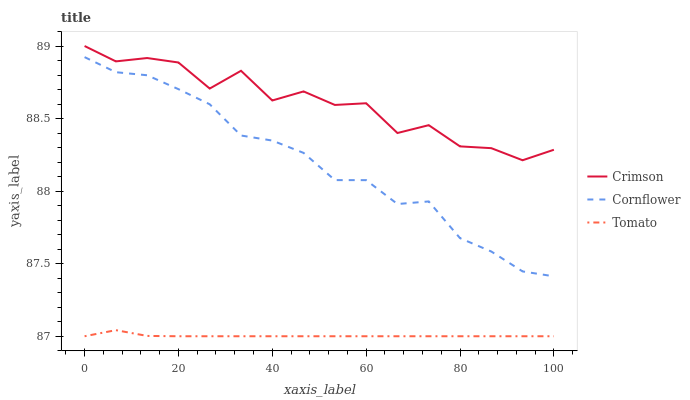
| xaxis_label | Crimson | Cornflower | Tomato |
 | --- | --- | --- | --- |
 | 0 | 89 | 88.9 | 87 |
 | 6.67 | 88.9 | 88.8 | 87 |
 | 13.3 | 88.9 | 88.8 | 87 |
 | 20 | 88.9 | 88.7 | 87 |
 | 26.7 | 88.7 | 88.6 | 87 |
 | 33.3 | 88.8 | 88.4 | 87 |
 | 40 | 88.6 | 88.3 | 87 |
 | 46.7 | 88.7 | 88.3 | 87 |
 | 53.3 | 88.6 | 88.1 | 87 |
 | 60 | 88.6 | 88.1 | 87 |
 | 66.7 | 88.4 | 87.9 | 87 |
 | 73.3 | 88.5 | 87.9 | 87 |
 | 80 | 88.3 | 87.7 | 87 |
 | 86.7 | 88.3 | 87.6 | 87 |
 | 93.3 | 88.2 | 87.4 | 87 |
 | 100 | 88.3 | 87.4 | 87 |